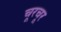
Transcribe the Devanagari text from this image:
चूरचूर